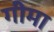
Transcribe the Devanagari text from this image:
गीमा